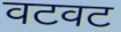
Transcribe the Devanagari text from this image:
वटवट